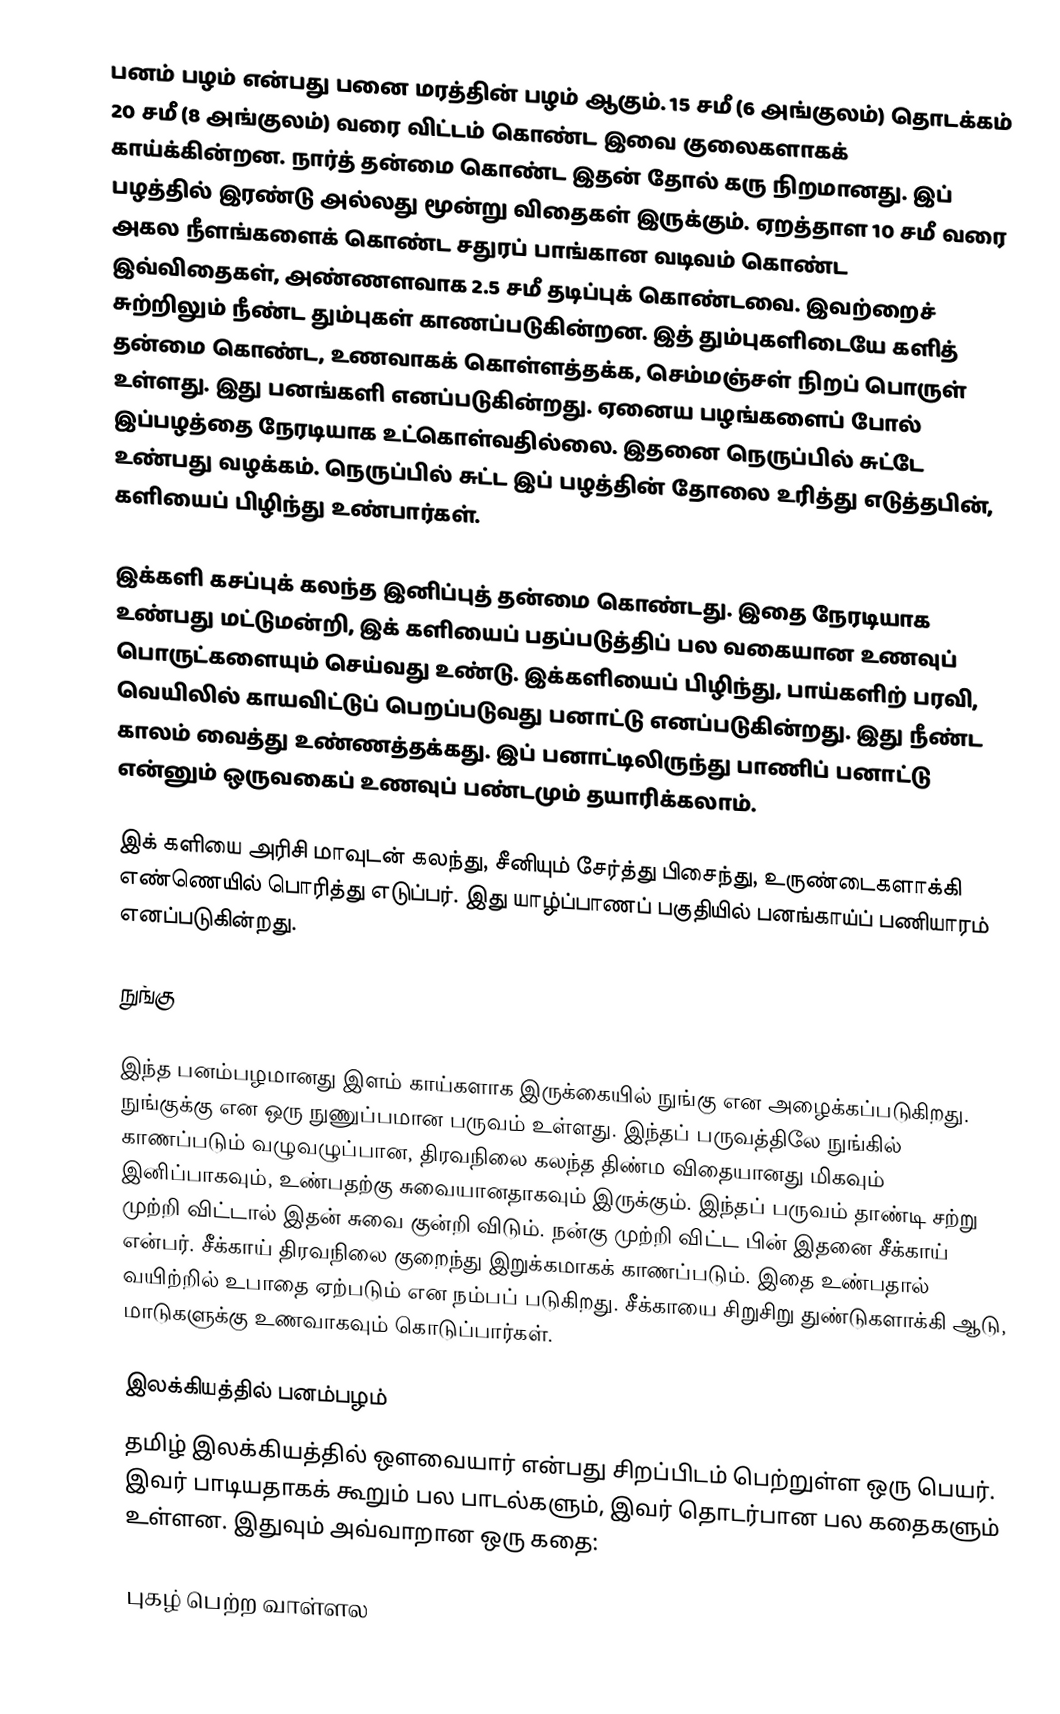
பனம் பழம் என்பது பனை மரத்தின் பழம் ஆகும். 15 சமீ (6 அங்குலம்) தொடக்கம் 20 சமீ (8 அங்குலம்) வரை விட்டம் கொண்ட இவை குலைகளாகக் காய்க்கின்றன. நார்த் தன்மை கொண்ட இதன் தோல் கரு நிறமானது. இப் பழத்தில் இரண்டு அல்லது மூன்று விதைகள் இருக்கும். ஏறத்தாள 10 சமீ வரை அகல நீளங்களைக் கொண்ட சதுரப் பாங்கான வடிவம் கொண்ட இவ்விதைகள், அண்ணளவாக 2.5 சமீ தடிப்புக் கொண்டவை. இவற்றைச் சுற்றிலும் நீண்ட தும்புகள் காணப்படுகின்றன. இத் தும்புகளிடையே களித் தன்மை கொண்ட, உணவாகக் கொள்ளத்தக்க, செம்மஞ்சள் நிறப் பொருள் உள்ளது. இது பனங்களி எனப்படுகின்றது. ஏனைய பழங்களைப் போல் இப்பழத்தை நேரடியாக உட்கொள்வதில்லை. இதனை நெருப்பில் சுட்டே உண்பது வழக்கம். நெருப்பில் சுட்ட இப் பழத்தின் தோலை உரித்து எடுத்தபின், களியைப் பிழிந்து உண்பார்கள்.

இக்களி கசப்புக் கலந்த இனிப்புத் தன்மை கொண்டது. இதை நேரடியாக உண்பது மட்டுமன்றி, இக் களியைப் பதப்படுத்திப் பல வகையான உணவுப் பொருட்களையும் செய்வது உண்டு. இக்களியைப் பிழிந்து, பாய்களிற் பரவி, வெயிலில் காயவிட்டுப் பெறப்படுவது பனாட்டு எனப்படுகின்றது. இது நீண்ட காலம் வைத்து உண்ணத்தக்கது. இப் பனாட்டிலிருந்து பாணிப் பனாட்டு என்னும் ஒருவகைப் உணவுப் பண்டமும் தயாரிக்கலாம்.

இக் களியை அரிசி மாவுடன் கலந்து, சீனியும் சேர்த்து பிசைந்து, உருண்டைகளாக்கி எண்ணெயில் பொரித்து எடுப்பர். இது யாழ்ப்பாணப் பகுதியில் பனங்காய்ப் பணியாரம் எனப்படுகின்றது.

நுங்கு

இந்த பனம்பழமானது இளம் காய்களாக இருக்கையில் நுங்கு என அழைக்கப்படுகிறது. நுங்குக்கு என ஒரு நுணுப்பமான பருவம் உள்ளது. இந்தப் பருவத்திலே நுங்கில் காணப்படும் வழுவழுப்பான, திரவநிலை கலந்த திண்ம விதையானது மிகவும் இனிப்பாகவும், உண்பதற்கு சுவையானதாகவும் இருக்கும். இந்தப் பருவம் தாண்டி சற்று முற்றி விட்டால் இதன் சுவை குன்றி விடும். நன்கு முற்றி விட்ட பின் இதனை சீக்காய் என்பர். சீக்காய் திரவநிலை குறைந்து இறுக்கமாகக் காணப்படும். இதை உண்பதால் வயிற்றில் உபாதை ஏற்படும் என நம்பப் படுகிறது. சீக்காயை சிறுசிறு துண்டுகளாக்கி ஆடு, மாடுகளுக்கு உணவாகவும் கொடுப்பார்கள்.

இலக்கியத்தில் பனம்பழம்
தமிழ் இலக்கியத்தில் ஔவையார் என்பது சிறப்பிடம் பெற்றுள்ள ஒரு பெயர். இவர் பாடியதாகக் கூறும் பல பாடல்களும், இவர் தொடர்பான பல கதைகளும் உள்ளன. இதுவும் அவ்வாறான ஒரு கதை:

புகழ் பெற்ற வாள்ளல